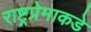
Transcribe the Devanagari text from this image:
राष्ट्रप्रेमाकडे